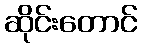
ဆိုင်းတောင်